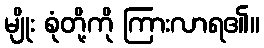
မျိုး စုံတို့ကို ကြားလာရ၏။